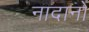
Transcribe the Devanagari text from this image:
नादानों